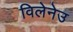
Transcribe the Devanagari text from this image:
विलेनेउ